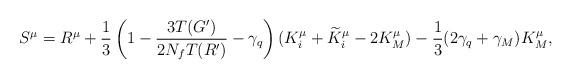
LaTeX: \begin{align*} S^{\mu} = R^{\mu} + \frac{1}{3} \left( 1 - \frac{3T (G')}{2N_f T(R')} - \gamma_q \right) ( K^{\mu}_i + \widetilde{K}^{\mu}_i-2K^{\mu}_M ) - \frac{1}{3} (2\gamma_q + \gamma_M) K^{\mu}_M,\end{align*}